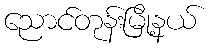
ညောင်တုန်းမြို့နယ်